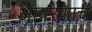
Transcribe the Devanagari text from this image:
आवरणाचे